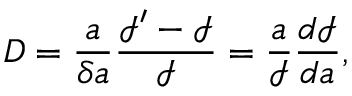
D = \frac { a } { { \delta a } } \frac { \mathcal { I } ^ { \prime } - \mathcal { I } } { \mathcal { I } } = \frac { a } { \mathcal { I } } \frac { d \mathcal { I } } { d a } ,